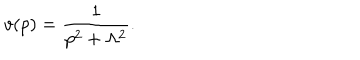
v ( p ) = { \frac { 1 } { p ^ { 2 } + \Lambda ^ { 2 } } } .